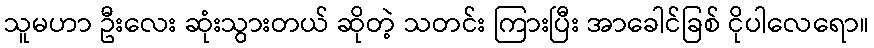
သူမဟာ ဦးလေး ဆုံးသွားတယ် ဆိုတဲ့ သတင်း ကြားပြီး အာခေါင်ခြစ် ငိုပါလေရော။